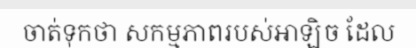
ចាត់ទុកថា សកម្មភាពរបស់អាឡិច ដែល